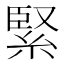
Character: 緊